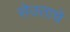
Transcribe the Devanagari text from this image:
सेउताचे